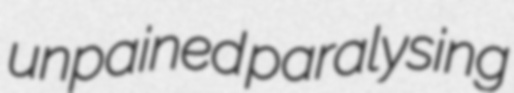
unpained paralysing